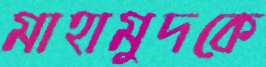
মাহামুদকে